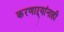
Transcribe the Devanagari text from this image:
करणाऱ्यांनाही